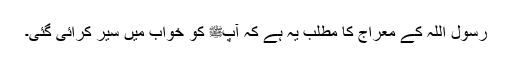
رسول اللہ کے معراج کا مطلب یہ ہے کہ آپﷺ کو خواب میں سیر کرائی گئی۔